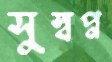
সুস্বপ্ন